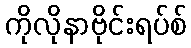
ကိုလိုနာဗိုင်းရပ်စ်